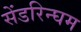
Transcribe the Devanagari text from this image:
सेंडरिन्घम